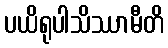
ပယိရုပါသိဿာမီတိ